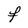
Character: F